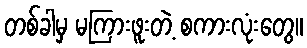
တစ်ခါမှ မကြားဖူးတဲ့ စကားလုံးတွေ။